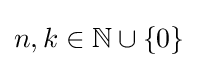
n,k\in \mathbb {N} \cup \lbrace 0\rbrace